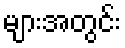
များအတွင်း